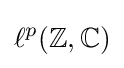
\ell ^{p}(\mathbb {Z} ,\mathbb {C} )